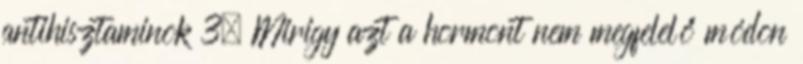
antihisztaminok 3. Mirigy azt a hormont nem megfelelő módon